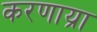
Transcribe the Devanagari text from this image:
करणाय्रा